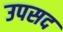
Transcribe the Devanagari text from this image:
उपसद